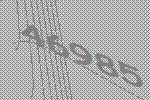
46985